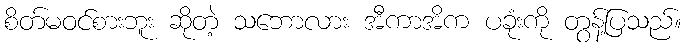
စိတ်မဝင်စားဘူး ဆိုတဲ့ သဘောလား အီကာအိက ပခုံးကို တွန့်ပြသည်။